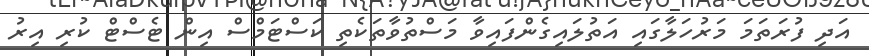
އަދި ފުރަތަމަ މަރުހަލާގައި އަތުލައިގެންފައިވާ މަސްތުވާތަކެތި ކަސްޓަމްސް އިން ޓެސްޓް ކުރި އިރު